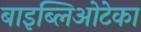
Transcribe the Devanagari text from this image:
बाइब्लिओटेका